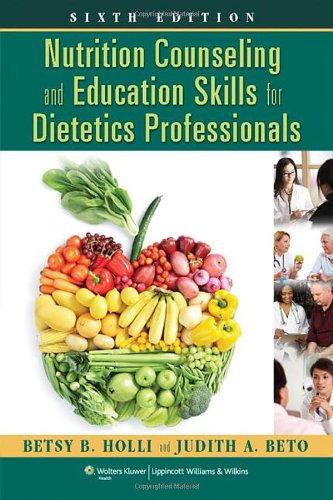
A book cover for Nutrition Counseling and Education Skills for Dietetics Professionals; Betsy Holli; Medical Books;